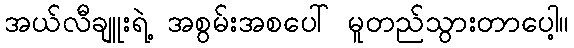
အယ်လီချူးရဲ့ အစွမ်းအစပေါ် မူတည်သွားတာပေါ့။